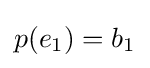
p(e_{1})=b_{1}